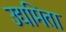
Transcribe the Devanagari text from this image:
उद्यमिता